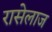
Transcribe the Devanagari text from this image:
रासेलाज